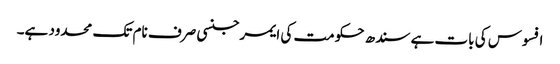
افسوس کی بات ہے سندھ حکومت کی ایمرجنسی صرف نام تک محدود ہے۔